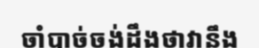
ចាំបាច់ចង់ដឹងថាវានឹង